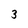
Character: 3